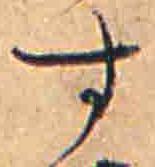
す